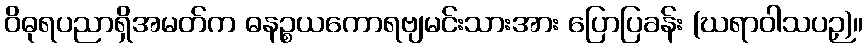
ဝိဓုရပညာရှိအမတ်က ဓနဉ္စယကောရဗျမင်းသားအား ပြောပြခန်း (ဃရာဝါသပဉှ)။